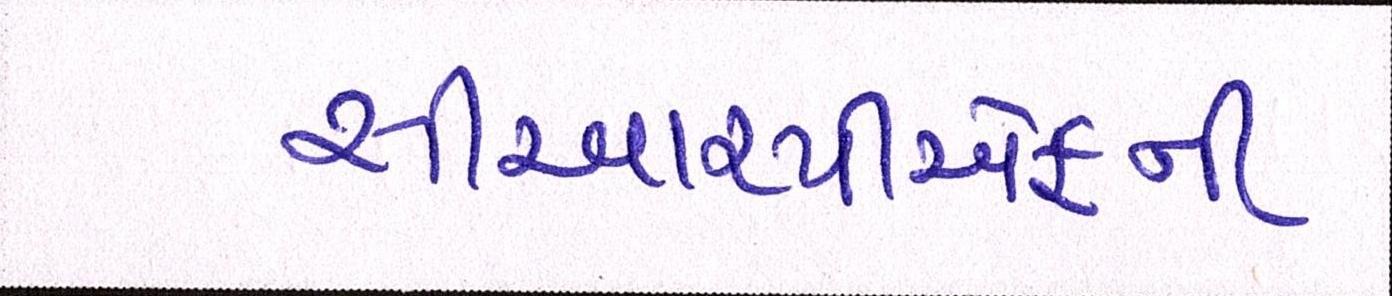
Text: સીઆરપીએફની